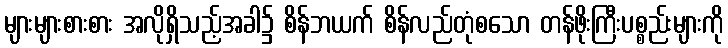
များများစားစား အလိုရှိသည့်အခါ၌ စိန်ဘယက် စိန်လည်တုံစသော တန်ဖိုးကြီးပစ္စည်းများကို